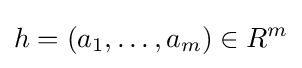
h=(a_{1},\ldots ,a_{m})\in R^{m}